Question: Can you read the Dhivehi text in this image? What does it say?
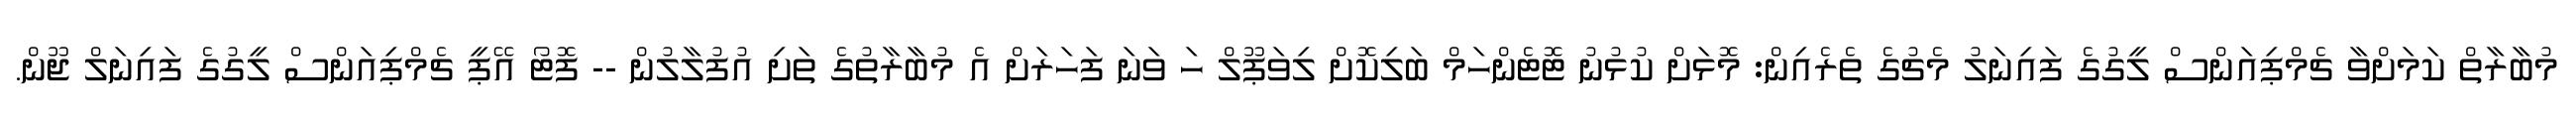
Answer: މުބާރާތް ކަމަށްވާ ޗެމްޕިއަންސް ލީގުގެ ފައިނަލު މެޗުގެ ތެރެއިން: މޮޅަށް ކުޅުނު ޓޮޓެންހަމް ބަލިކޮށް ލިވަޕޫލް ހަ ވަނަ ފަހަރަށް އެ މުބާރާތުގެ ތަށި އުފުލާލުން -- ފޮޓޯ އޭޕީ ޗެމްޕިއަންސް ލީގުގެ ފައިނަލް ޖޫން.